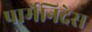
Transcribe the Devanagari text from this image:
पार्मेनिदेस